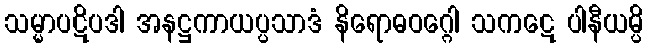
သမ္မာပဋိပဒါ အနဋ္ဌကာယပ္ပသာဒံ နိရောဓဝဂ္ဂေါ သကဋေ ပါနီယမ္ပိ